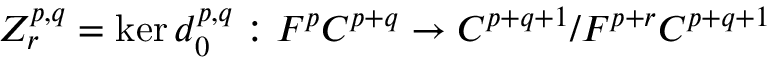
Z _ { r } ^ { p , q } = \ker d _ { 0 } ^ { p , q } : F ^ { p } C ^ { p + q } \rightarrow C ^ { p + q + 1 } / F ^ { p + r } C ^ { p + q + 1 }